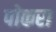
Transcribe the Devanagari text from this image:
पोकरा